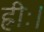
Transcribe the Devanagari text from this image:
ह्रीः।